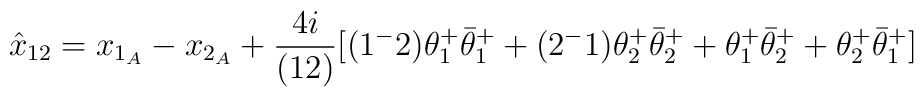
\hat x_{12} = x_{1_A}- x_{2_A} + {4i\over (12)}[(1^-2) \theta^+_1 \bar\theta^+_1 + (2^-1) \theta^+_2 \bar\theta^+_2 +  \theta^+_1 \bar\theta^+_2 + \theta^+_2 \bar\theta^+_1]